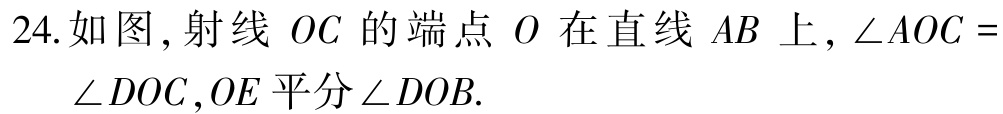
24.如图,射线 \(OC\) 的端点 \(O\) 在直线 \(AB\) 上,\(\angle AOC =\angle DOC\),\(OE\) 平分 \(\angle DOB\).